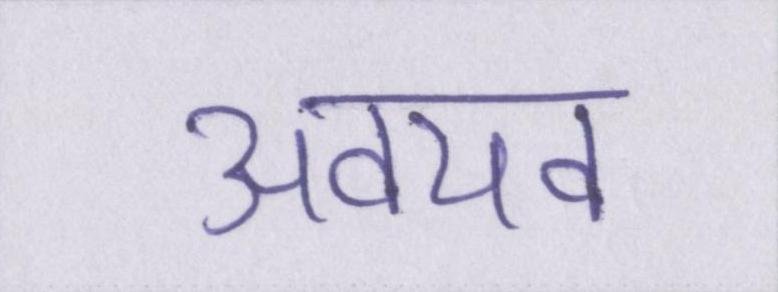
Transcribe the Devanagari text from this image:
अवयव